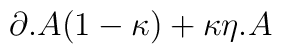
\partial .A(1-\kappa )+\kappa \eta .A\protect